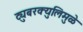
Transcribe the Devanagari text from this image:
ट्युबरक्युलिमुळे